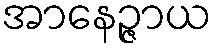
အာနေဉ္ဇာယ